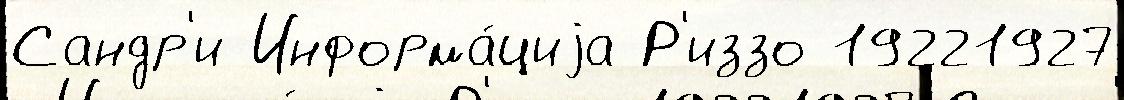
Сандр'и Информа́циjа Р'иззо 19221927